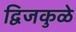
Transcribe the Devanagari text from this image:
द्विजकुळे